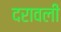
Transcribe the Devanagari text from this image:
दरावली